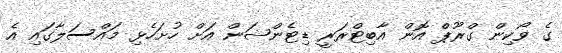
ގެ ވޯކިން ގްރޫޕް އޮން އާބިޓްރަރީ ޑިޓެންޝަން އަށް ހުށަހެޅި މައްސަލާގައި އެ